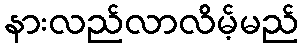
နားလည်လာလိမ့်မည်